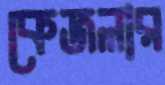
কেজলার